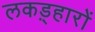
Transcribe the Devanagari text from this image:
लकड़्हारों